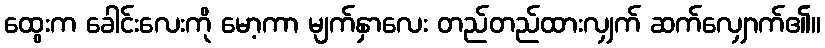
ထွေးက ခေါင်းလေးကို မော့ကာ မျက်နှာလေး တည်တည်ထားလျှက် ဆက်လျှောက်၏။